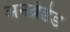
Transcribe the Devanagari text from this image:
अनब्रेडेड